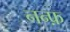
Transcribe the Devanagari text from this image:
नन्फ़